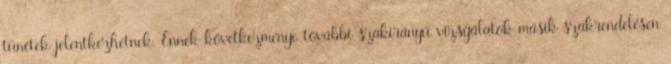
tünetek jelentkezhetnek. Ennek következménye további szakirányú vizsgálatok másik szakrendelésen